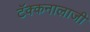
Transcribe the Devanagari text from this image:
टॅक्कनालाजी